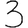
Digit: 3